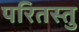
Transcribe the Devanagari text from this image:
परितस्तु